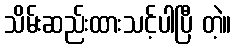
သိမ်းဆည်းထားသင့်ပါပြီ တဲ့။